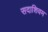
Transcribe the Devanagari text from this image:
सदाशिवम